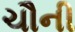
ચૌની